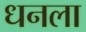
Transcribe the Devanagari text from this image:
ध्‍ानला